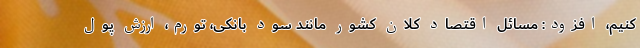
کنیم، افزود: مسائل اقتصاد کلان کشور مانند سود بانکی، تورم، ارزش پول